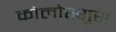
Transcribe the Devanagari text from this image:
कोलोस्सुस